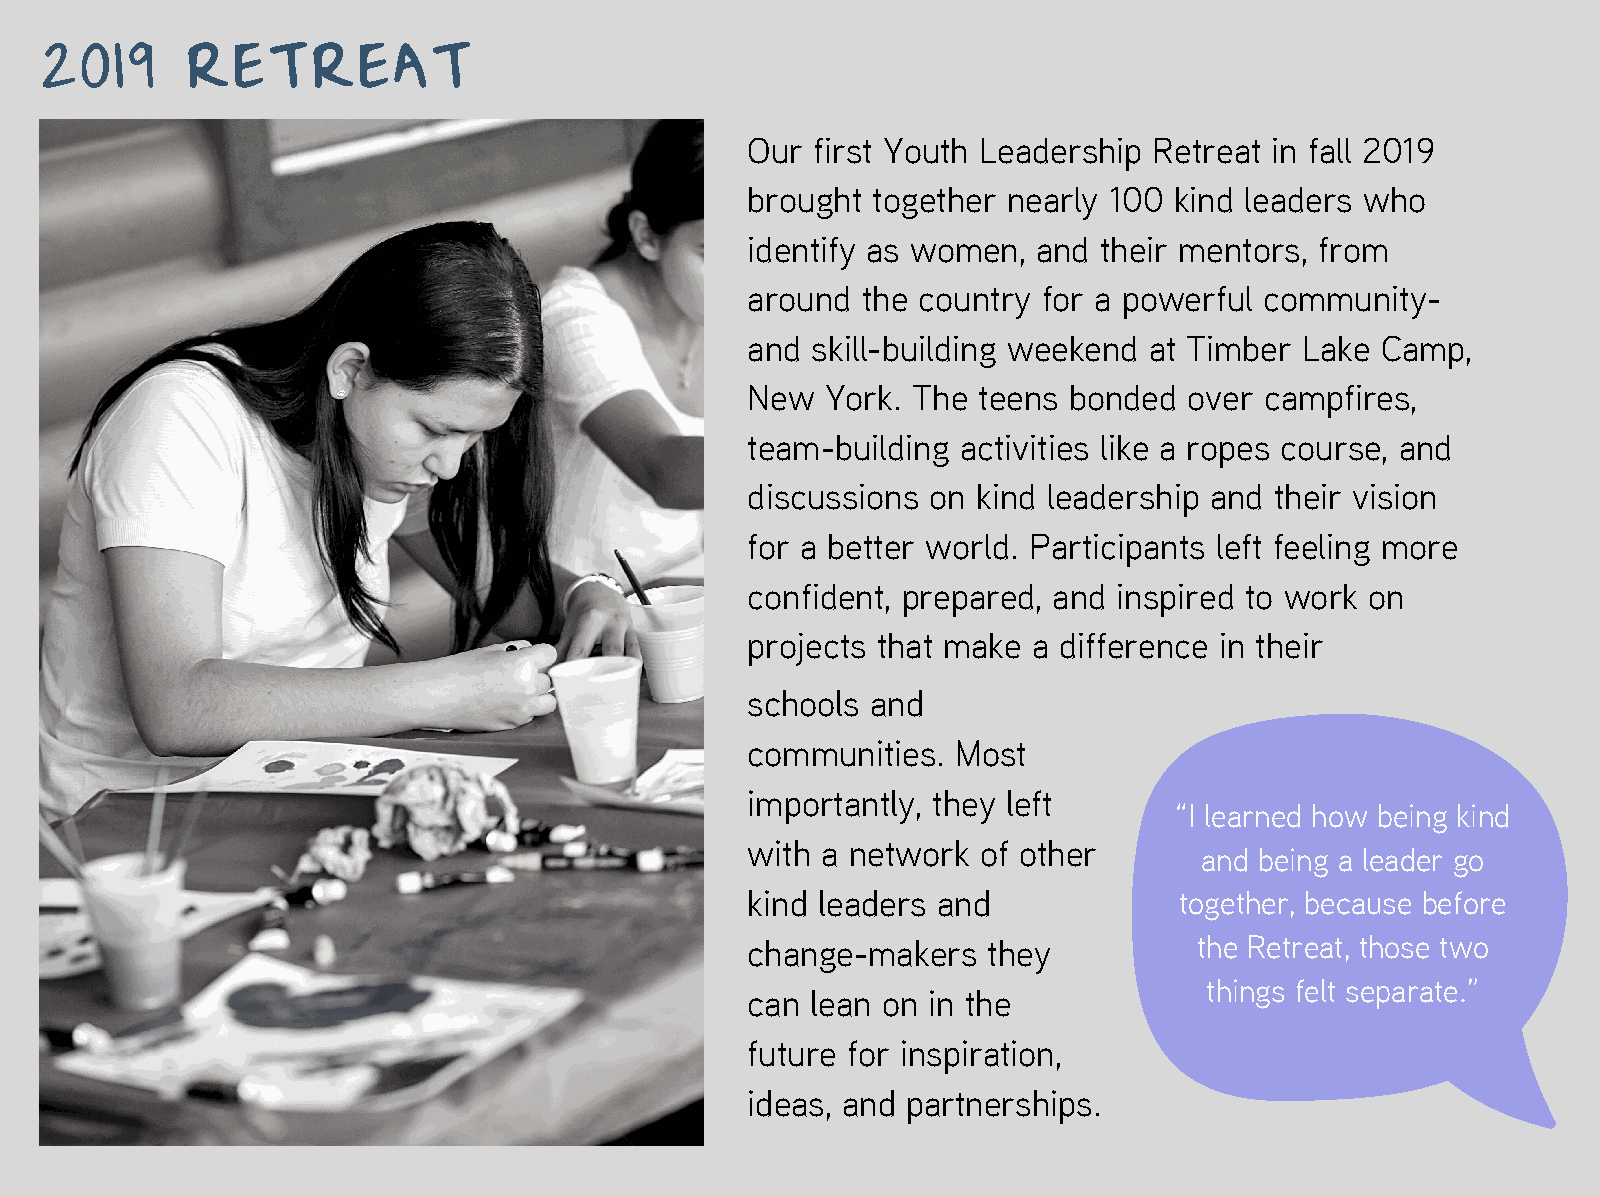
2019     RETREAT
 Our  first Youth Leadership Retreat in fall 2019
 brought  together nearly 100 kind leaders who
 identify as women,  and their mentors, from
 around  the country for a powerful community-
 and  skill-building weekend at Timber Lake Camp,
 New   York. The teens bonded  over campfires,
 team-building  activities like a ropes course, and
 discussions  on kind leadership and their vision
 for a better world. Participants left feeling more
 confident, prepared, and inspired to work on
 projects that make a difference in their
 schools  and
 communities.  Most
 importantly, they left
 “I learned how being kind
 with a network  of other
 and being a leader go
 kind leaders and             together, because before
 change-makers   they          the Retreat, those two
 things felt separate.”
 can  lean on in the
 future for inspiration,
 ideas, and partnerships.